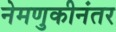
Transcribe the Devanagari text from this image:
नेमणुकीनंतर